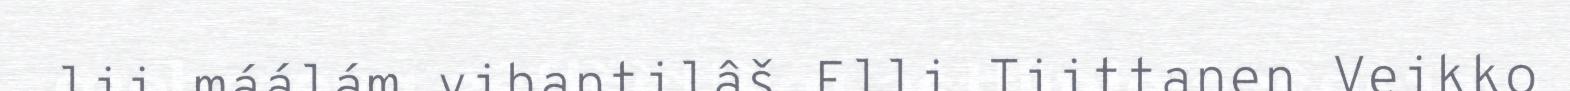
lii máálám vihantilâš Elli Tiittanen Veikko